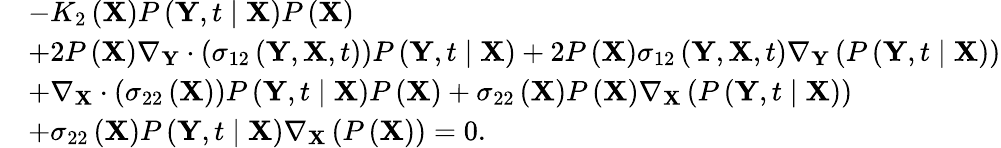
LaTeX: \begin{array}{rl}&{-K_{2}\left(\mathbf{X}\right)P\left(\mathbf{Y},t\mid\mathbf{X}\right)P\left(\mathbf{X}\right)}\\ &{+2P\left(\mathbf{X}\right)\nabla_{\mathbf{Y}}\cdot\left(\sigma_{12}\left(\mathbf{Y},\mathbf{X},t\right)\right)P\left(\mathbf{Y},t\mid\mathbf{X}\right)+2P\left(\mathbf{X}\right)\sigma_{12}\left(\mathbf{Y},\mathbf{X},t\right)\nabla_{\mathbf{Y}}\left(P\left(\mathbf{Y},t\mid\mathbf{X}\right)\right)}\\ &{+\nabla_{\mathbf{X}}\cdot\left(\sigma_{22}\left(\mathbf{X}\right)\right)P\left(\mathbf{Y},t\mid\mathbf{X}\right)P\left(\mathbf{X}\right)+\sigma_{22}\left(\mathbf{X}\right)P\left(\mathbf{X}\right)\nabla_{\mathbf{X}}\left(P\left(\mathbf{Y},t\mid\mathbf{X}\right)\right)}\\ &{+\sigma_{22}\left(\mathbf{X}\right)P\left(\mathbf{Y},t\mid\mathbf{X}\right)\nabla_{\mathbf{X}}\left(P\left(\mathbf{X}\right)\right)=0.}\end{array}